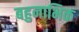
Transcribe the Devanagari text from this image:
बहुनाभिक